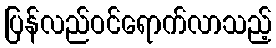
ပြန်လည်ဝင်ရောက်လာသည့်